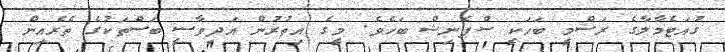
ގުއަޓެމާލާގެ ރަސްމީ ބަހަކީ ސްޕެނިޝް ބަހެވެ. މީގެ އިތުރުން އަދިވާސީ ބަސްތަކުގެ ތެރެއިން